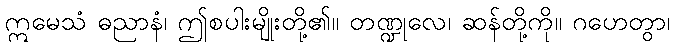
ဣမေသံ ဓညာနံ၊ ဤစပါးမျိုးတို့၏။ တဏ္ဍုလေ၊ ဆန်တို့ကို။ ဂဟေတွာ၊